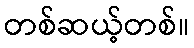
တစ်ဆယ့်တစ်။